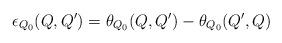
LaTeX: \begin{align*}\epsilon_{Q_0}(Q,Q')= \theta_{Q_0}(Q,Q')-\theta_{Q_0}(Q',Q)\end{align*}